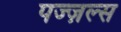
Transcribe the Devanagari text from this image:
पज्ज़ल्स